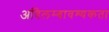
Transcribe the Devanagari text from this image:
अविलम्बावश्यकता